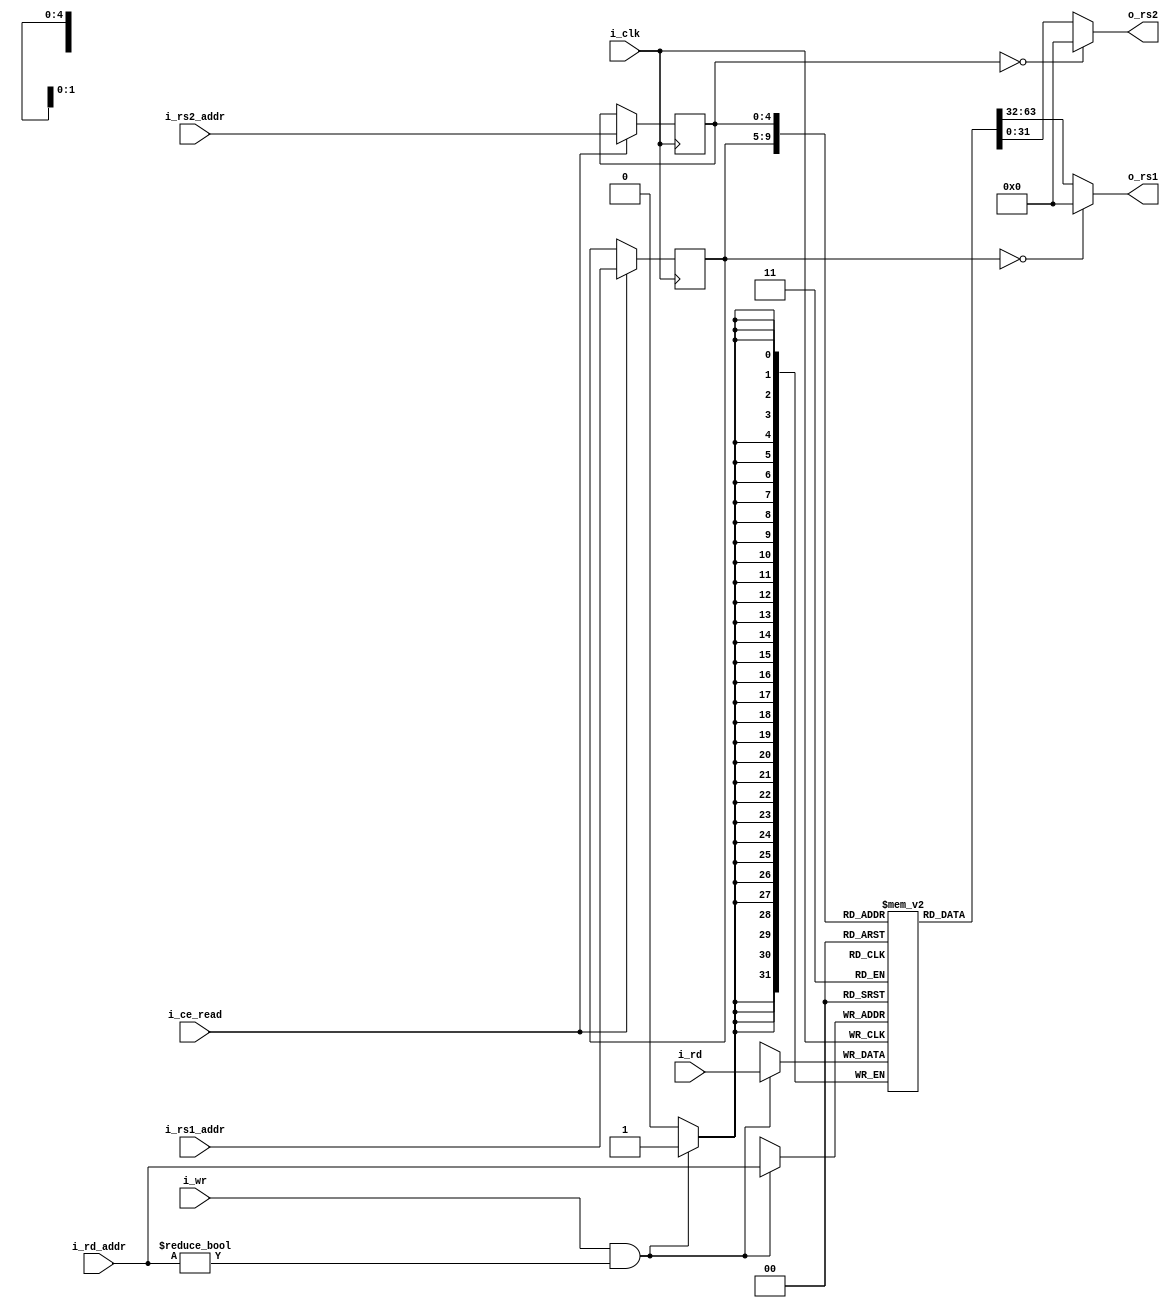
//regfile controller for the 32 integer base registers

`timescale 1ns / 1ps
`default_nettype none

module rv32i_basereg
    (
        input wire i_clk,
        input wire i_ce_read, //clock enable for reading from basereg [STAGE 2]
        input wire[4:0] i_rs1_addr, //source register 1 address
        input wire[4:0] i_rs2_addr, //source register 2 address
        input wire[4:0] i_rd_addr, //destination register address
        input wire[31:0] i_rd, //data to be written to destination register
        input wire i_wr, //write enable
        output wire[31:0] o_rs1, //source register 1 value
        output wire[31:0] o_rs2 //source register 2 value
    );
    
    reg[4:0] rs1_addr_q, rs2_addr_q;
    reg[31:0] base_regfile[31:1]; //base register file (base_regfile[0] is hardwired to zero)
    wire write_to_basereg;
    
    always @(posedge i_clk) begin
        if(write_to_basereg) begin //only write to register if stage 5 is previously enabled (output of stage 5[WRITEBACK] is registered so delayed by 1 clk)
           base_regfile[i_rd_addr] <= i_rd; //synchronous write
        end
        if(i_ce_read) begin //only read the register if stage 2 is enabled [DECODE]
            rs1_addr_q <= i_rs1_addr; //synchronous read
            rs2_addr_q <= i_rs2_addr; //synchronous read
        end
    end
    
    assign write_to_basereg = i_wr && i_rd_addr!=0; //no need to write to basereg 0 (hardwired to zero) 
    assign o_rs1 = rs1_addr_q==0? 0: base_regfile[rs1_addr_q]; // if regfile is about to be written at the same time we read it
    assign o_rs2 = rs2_addr_q==0? 0: base_regfile[rs2_addr_q];    //then return the next value to be written to that address
    
endmodule